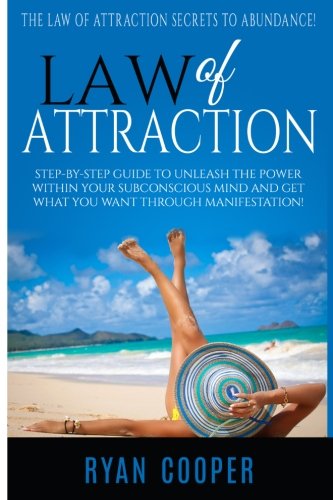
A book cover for Law Of Attraction: Step-By-Step Guide To Unleash The Power Within Your Subconscious Mind And Get What You Want Through Manifestation!; Ryan Cooper; Self-Help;